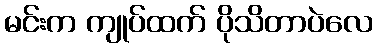
မင်းက ကျုပ်ထက် ပိုသိတာပဲလေ